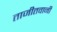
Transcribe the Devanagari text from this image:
ताजीतवानी